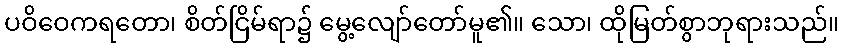
ပဝိဝေကရတော၊ စိတ်ငြိမ်ရာ၌ မွေ့လျော်တော်မူ၏။ သော၊ ထိုမြတ်စွာဘုရားသည်။